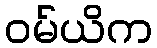
ဝမ်ယိက